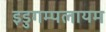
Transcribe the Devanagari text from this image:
इडुगम्पलायम